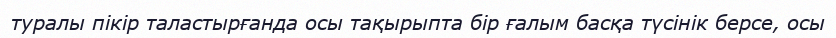
туралы пікір таластырғанда осы тақырыпта бір ғалым басқа түсінік берсе, осы